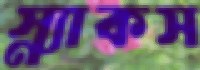
স্ন্যাকস